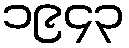
၁၉၄၃